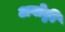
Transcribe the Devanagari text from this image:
अबोट्टी